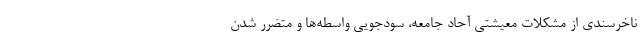
ناخرسندی از مشکلات معیشتی آحاد جامعه، سودجویی واسطه‌ها و متضرر شدن